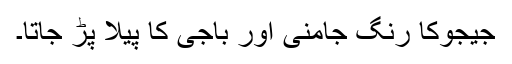
جیجوکا رنگ جامنی اور باجی کا پیلا پڑ جاتا۔